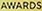
AWARDS